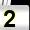
Digit: 2